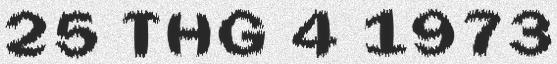
25 THG 4 1973